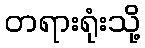
တရားရုံးသို့